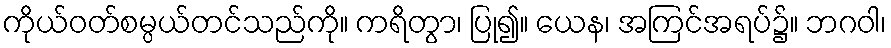
ကိုယ်ဝတ်စမ္ပယ်တင်သည်ကို။ ကရိတွာ၊ ပြု၍။ ယေန၊ အကြင်အရပ်၌။ ဘဂဝါ၊